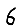
Digit: 6